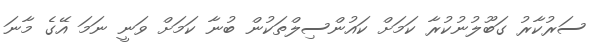
ސަރުކާރު ގަބޫލުނުކުރާ ކަމަށް ކައުންސިލްތަކުން ބުނާ ކަމަށް ވަނީ ނަމަ އޭގެ މާނަ